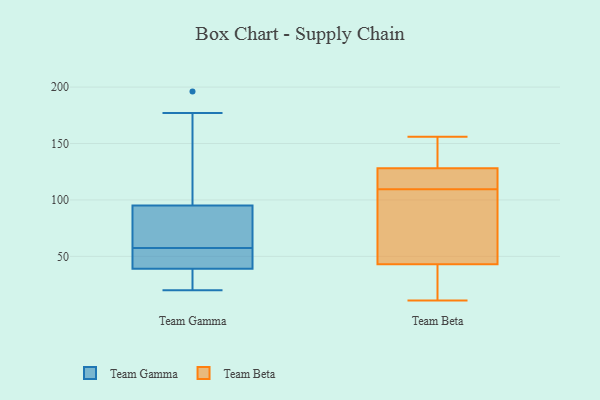
{"axis": {"x": "Humidity (%)", "y": "Value"}, "legend": ["Team Beta", "Team Gamma"], "data": [{"x": "", "y": 196, "type": "Team Gamma"}, {"x": "", "y": 39, "type": "Team Gamma"}, {"x": "", "y": 48, "type": "Team Gamma"}, {"x": "", "y": 43, "type": "Team Gamma"}, {"x": "", "y": 90, "type": "Team Gamma"}, {"x": "", "y": 95, "type": "Team Gamma"}, {"x": "", "y": 177, "type": "Team Gamma"}, {"x": "", "y": 20, "type": "Team Gamma"}, {"x": "", "y": 67, "type": "Team Gamma"}, {"x": "", "y": 24, "type": "Team Gamma"}, {"x": "", "y": 13, "type": "Team Beta"}, {"x": "", "y": 107, "type": "Team Beta"}, {"x": "", "y": 43, "type": "Team Beta"}, {"x": "", "y": 156, "type": "Team Beta"}, {"x": "", "y": 128, "type": "Team Beta"}, {"x": "", "y": 11, "type": "Team Beta"}, {"x": "", "y": 112, "type": "Team Beta"}, {"x": "", "y": 122, "type": "Team Beta"}, {"x": "", "y": 147, "type": "Team Beta"}, {"x": "", "y": 89, "type": "Team Beta"}]}